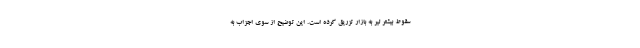
سقوط بیشتر لیر به بازار تزریق کرده است. این توضیح از سوی اجزاب به